Civil Veterinary Department Bihar & Orissa reports 1911-21 - 1911-1921
Year: 1911
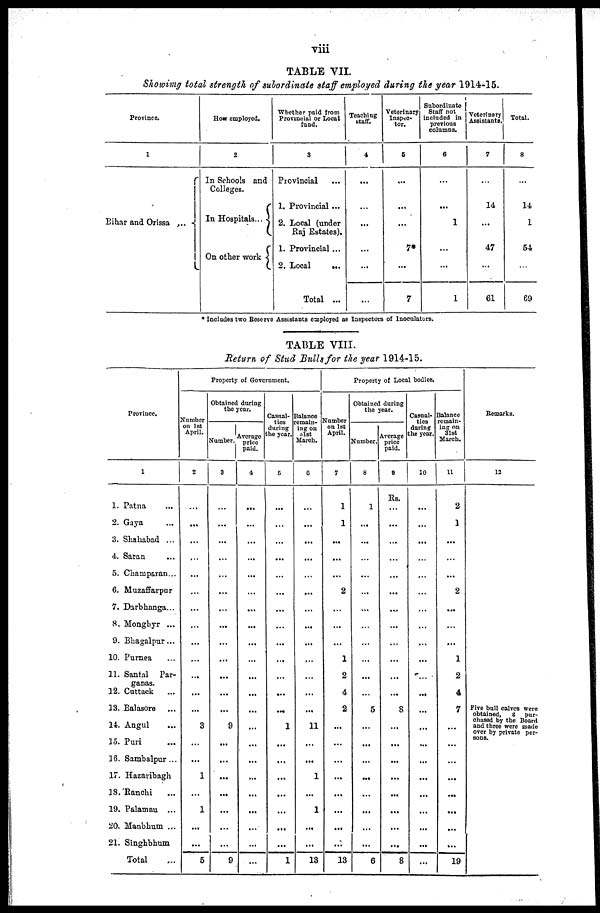
viii
TABLE VII.
Showing total strength of subordinate staff employed during the year 1914-15.
Province.
1
Bihar and Orissa
...
How employed.
2
In Schools and
Colleges.
In Hospitals...
On other work
Whether paid from
Provincial or Local
fund.
3
Provincial ...
1. Provincial ...
2. Local (under
Raj Estates).
1. Provincial ...
2. Local ...
Total ...
Teaching
staff.
4
...
...
...
...
...
...
Veterinary
Inspre-
tor.
5
...
...
...
7*
...
7
Subordinate
Staff not
included in
previous
columns.
6
...
...
1
...
...
1
Veterinary
Assistants.
7
...
14
...
47
...
61
Total.
8
...
14
1
54
...
69
* Includes two Reserve Assistants employed as Inspectors of Inoculators.
TABLE VIII.
Return of Stud Bulls for the year 1914-15.
Province.
1
1. Patna ...
2. Gaya ...
3. Shahabad ...
4. Saran ...
5. Champaran...
6. Muzaffarpur
7. Darbhanga...
8. Monghyr ...
9. Bhagalpur...
10. Purnea ...
11. Santal Par-
ganas.
12. Cuttack ...
13. Balasore ...
14. Angul ...
15. Puri ...
16. Sambalpur ...
17. Hazaribagh
18.Ranchi ...
19. Palamau ...
20. Manbhum ...
21. Singhbhum
Total ...
Property of Government.
Number
on 1st
April.
2
...
...
...
...
...
...
...
...
...
...
...
...
...
3
...
...
1
...
1
...
...
5
Obtained during
the year.
Number.
3
...
...
...
...
...
...
...
...
...
...
...
...
...
9
...
...
...
...
...
...
...
9
Average
price
paid.
4
...
...
...
...
...
...
...
...
...
...
...
...
...
...
...
...
...
...
...
...
...
...
Casual-
ties
during
the year.
5
...
...
...
...
...
...
...
...
...
...
...
...
...
1
...
...
...
...
...
...
...
1
Balance
remain-
ing on
31st
March.
6
...
...
...
...
...
...
...
...
...
...
...
...
...
11
...
...
1
...
1
...
...
13
Property of Local bodies.
Number
on 1st
April.
7
1
1
...
...
...
2
...
...
...
1
2
4
2
...
...
...
...
...
...
...
...
13
Obtained during
the year.
Number.
8
1
...
...
...
...
...
...
...
...
...
...
...
5
...
...
...
...
...
...
...
...
6
Average
price
paid.
9
Rs.
...
...
...
...
...
...
...
...
...
...
...
...
8
...
...
...
...
...
...
...
...
8
Casual-
ties
during
the year.
10
...
...
...
...
...
...
...
...
...
...
...
...
...
...
...
...
...
...
...
...
...
...
Balance
remain-
ing on
31st
March.
11
2
1
...
...
...
2
...
...
...
1
2
4
7
...
...
...
...
...
...
...
...
19
Remarks.
12
Five bull calves were
obtained, 2 pur-
chased by the Board
and three were made
over by private per-
sons.